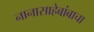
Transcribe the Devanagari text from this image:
नानासाहेबांबाचा